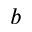
b